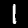
Label: 1